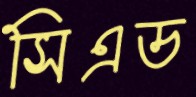
সিএড